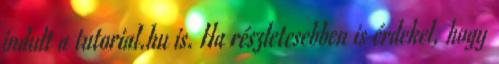
indult a tutorial.hu is. Ha részletesebben is érdekel, hogy